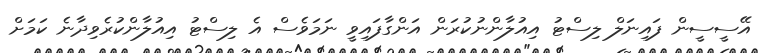
އޭސީސީން ފައިނަލް ލިސްޓު އިއުލާންނުކުރަން އަންގާފައިވީ ނަމަވެސް އެ ލިސްޓު އިއުލާންކުރެވިދާނެ ކަމަށް